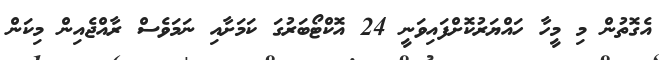
އެގޮތުން މި މީހާ ހައްޔަރުކޮށްފައިވަނީ 24 އޮކްޓޯބަރުގަ ކަމަށާއި ނަމަވެސް ރާއްޖެއިން މިކަން